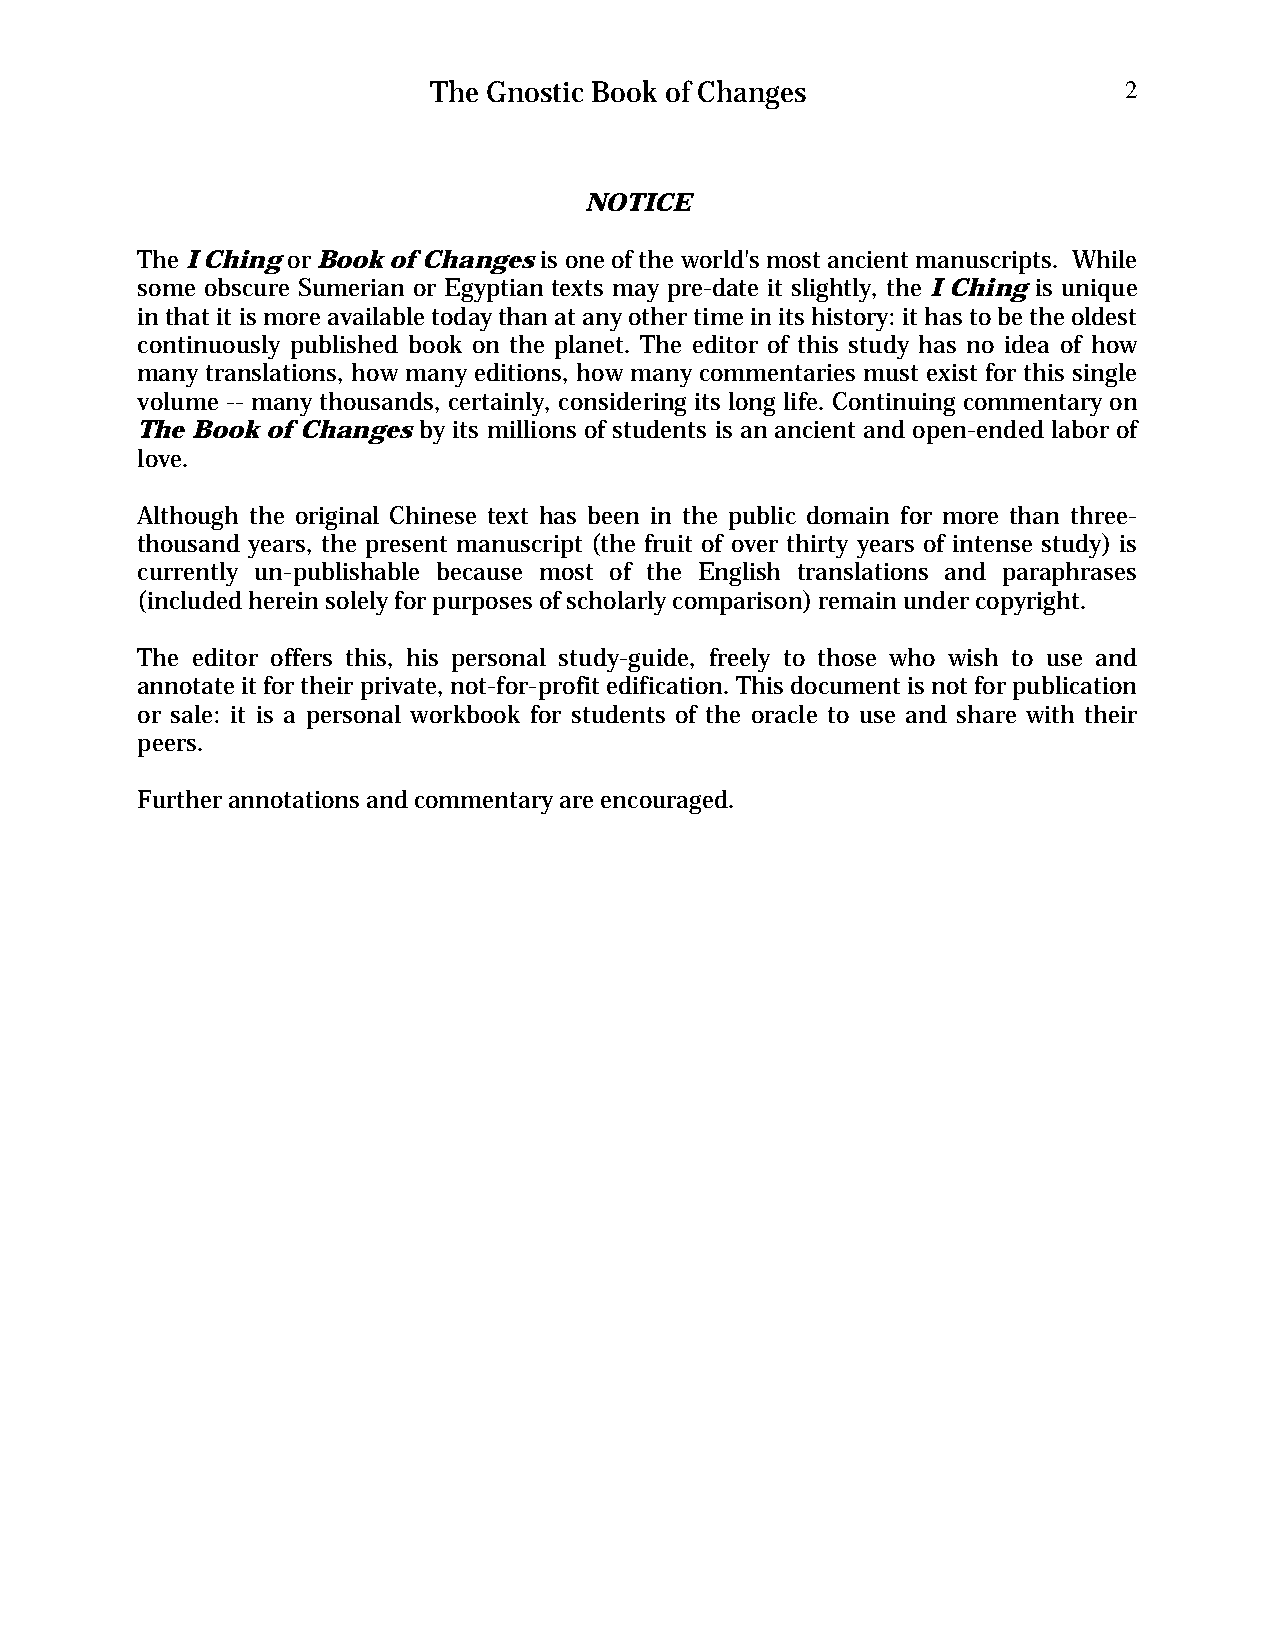
The Gnostic Book of Changes                  2
 NOTICE
 The I Ching or Book of Changes is one of the world's most ancient manuscripts. While
 some obscure Sumerian or Egyptian texts may pre-date it slightly, the I Ching is unique
 in that it is more available today than at any other time in its history: it has to be the oldest
 continuously published book on the planet. The editor of this study has no idea of how
 many translations, how many editions, how many commentaries must exist for this single
 volume -- many thousands, certainly, considering its long life. Continuing commentary on
 The Book of Changes by its millions of students is an ancient and open-ended labor of
 love.
 Although the original Chinese text has been in the public domain for more than three-
 thousand years, the present manuscript (the fruit of over thirty years of intense study) is
 currently un-publishable because most of the English translations and paraphrases
 (included herein solely for purposes of scholarly comparison) remain under copyright.
 The editor offers this, his personal study-guide, freely to those who wish to use and
 annotate it for their private, not-for-profit edification. This document is not for publication
 or sale: it is a personal workbook for students of the oracle to use and share with their
 peers.
 Further annotations and commentary are encouraged.